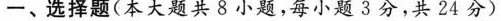
一、选择题(本大题共8小题，每小题3分，共24分)